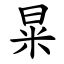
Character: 㫧